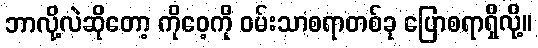
ဘာလို့လဲဆိုတော့ ကိုဝေ့ကို ဝမ်းသာစရာတစ်ခု ပြောစရာရှိလို့။